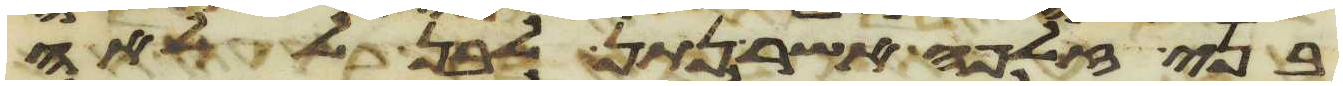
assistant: בני זלפה אשר נתן לבן ללאה